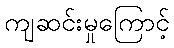
ကျဆင်းမှုကြောင့်